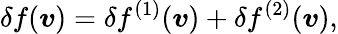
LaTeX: \delta f(\boldsymbol{v})=\delta f^{(1)}(\boldsymbol{v})+\delta f^{(2)}(\boldsymbol{v}),